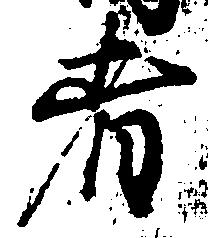
者